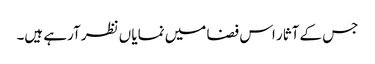
جس کے آثار اس فضا میں نمایا ں نظر آرہے ہیں۔